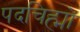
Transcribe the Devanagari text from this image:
पदचिह्मों